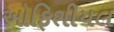
ઓફિશીયલ